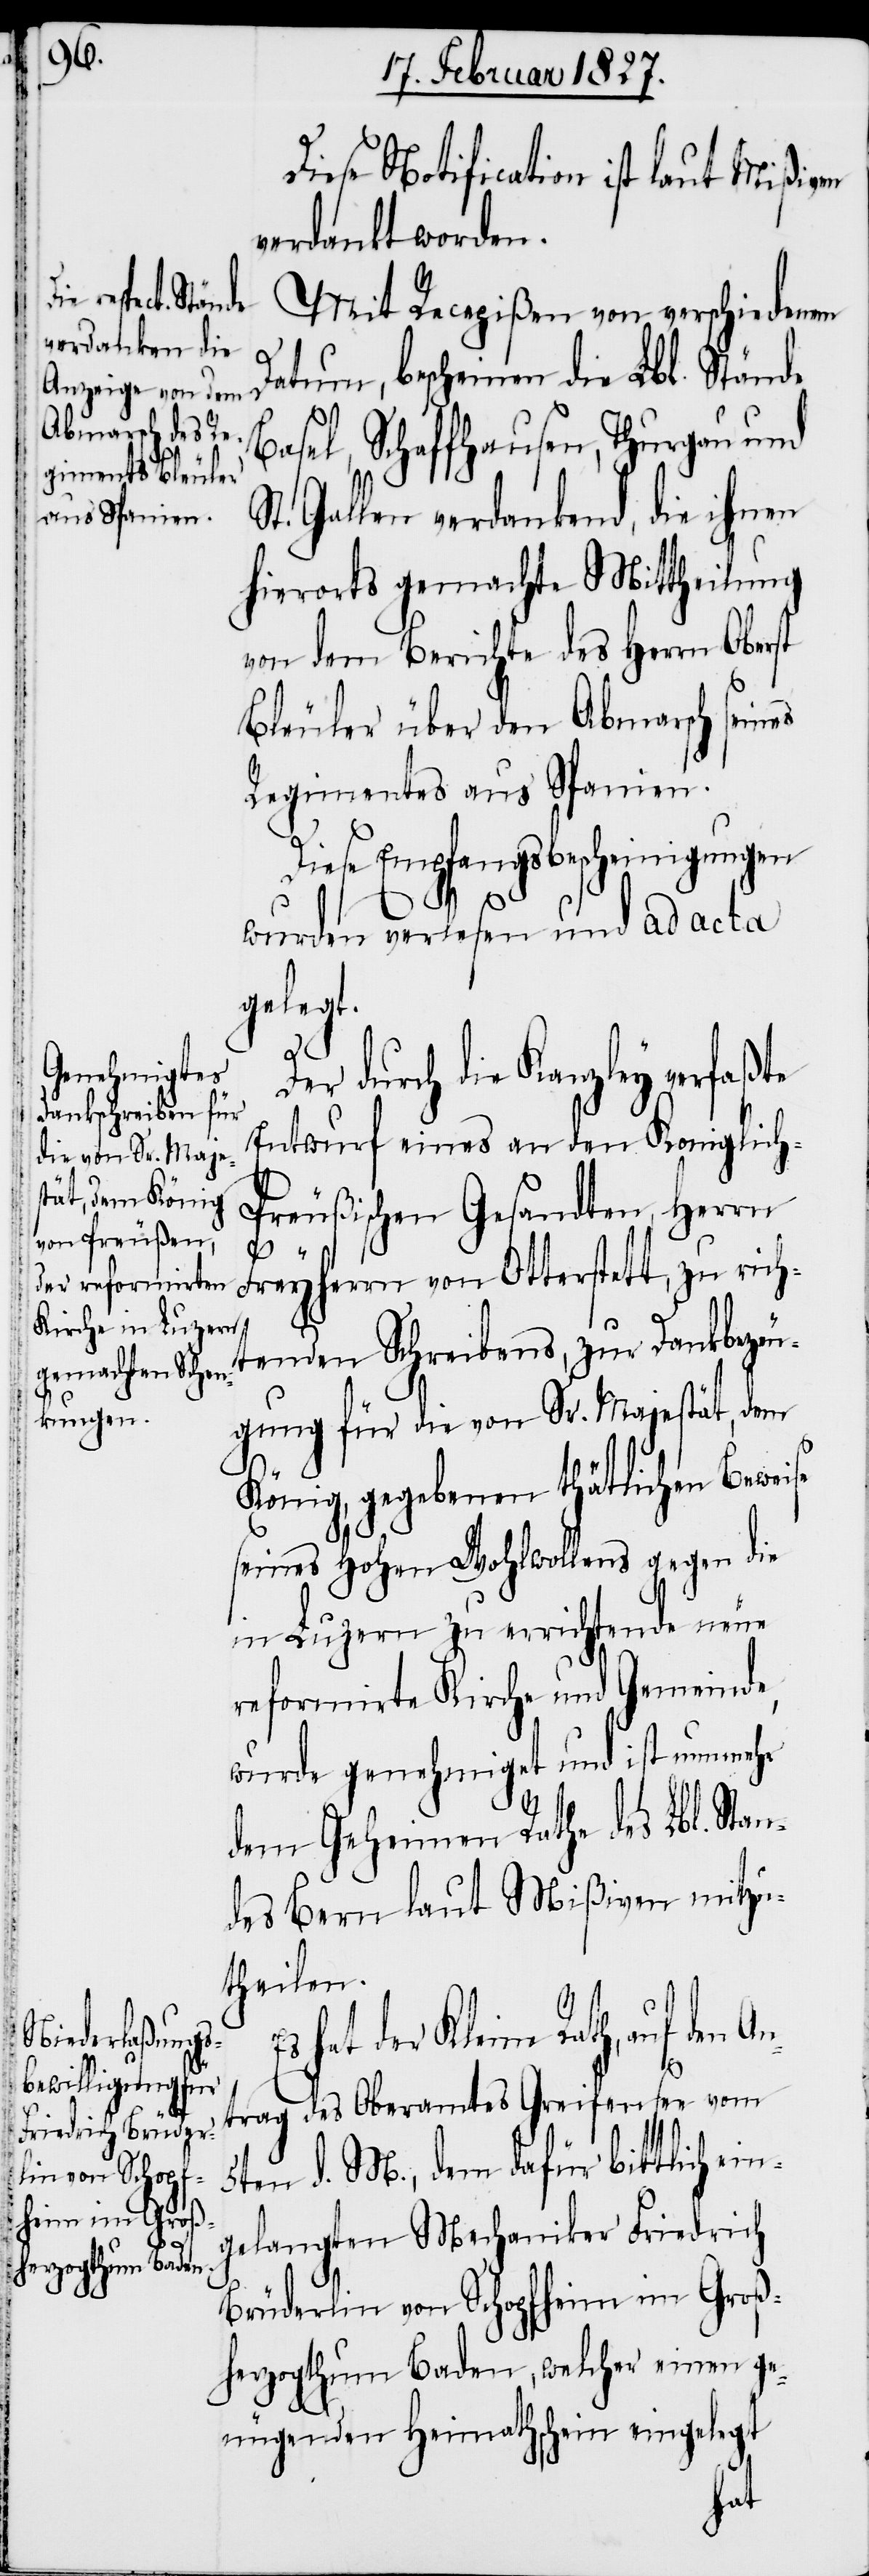
Diese Notification ist laut Mißiven
verdankt worden.
Mit Recepißen von verschiedenem
Datum, bescheinen die Lbl. Stände
Basel, Schaffhausen, Thurgau und
Gallen verdankend, die ihnen
hierorts gemachte Mittheilung
von dem Berichte des Herrn Oberst
Bleuler über den Abmarsch seines
Regimentes aus Spanien.
Diese Empfangsbescheinigungen
An¬
wurden verlesen und ad acta
gelegt.
Der durch die Kanzley verfaßte
Entwurf eines an den Königlich-P¬
reußischen Gesandten, Herrn
Freyherrn von Otterstett, zu rich¬
tenden Schreibens, zur Dankbezeu¬
gung für die von Sr. Majestät, dem
König, gegebenen thätlichen Beweise
seines Hohen Wohlwollens gegen die
in Luzern zu errichtende neue
reformirte Kirche und Gemeinde,
wurde genehmigt und ist nunmehr
dem Geheimen Rathe des Lbl. Stan¬
des Bern laut Mißiven mitzu¬
theilen.
hat der Kleine Rath, auf den
trag des Oberamtes Greifensee vom
5ten d. M., dem dafür bittlich ein¬
gelangten Mechaniker Friedrich
Brüderlin von Schopfheim im Groß¬
herzogthum Baden, welcher einen ge¬
nügenden Heimathschein eingelegt